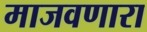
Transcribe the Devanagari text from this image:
माजवणारा